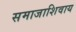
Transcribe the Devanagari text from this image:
समाजाशिवाय